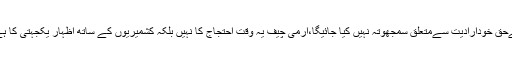
← کشمیریوں کےحق خودارادیت سےمتعلق سمجھوتہ نہیں کیا جائیگا،آرمی چیف یہ وقت احتجاج کا نہیں بلکہ کشمیریوں کے ساتھ اظہار یکجہتی کا ہے، عمر ایوب →